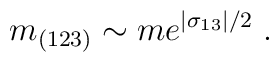
m_{(123)}\sim me^{|\sigma _{13}|/2}\;.